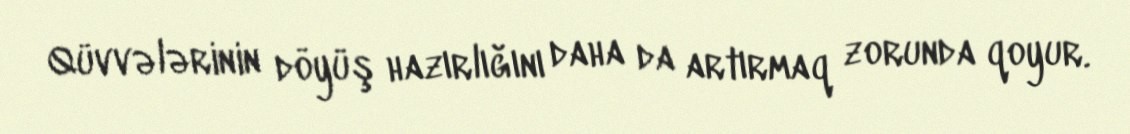
Qüvvələrinin döyüş hazırlığını daha da artırmaq zorunda qoyur.